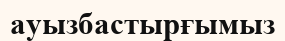
ауызбастырғымыз